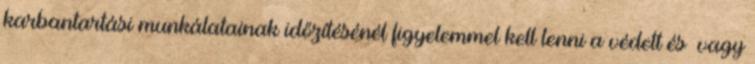
karbantartási munkálatainak időzítésénél figyelemmel kell lenni a védett és vagy